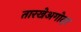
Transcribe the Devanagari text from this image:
तारखेअगोदर